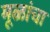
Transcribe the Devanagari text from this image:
मूळांचा